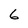
Character: 6